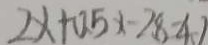
2 x + 0 . 5 x - 2 8 - 4 1